Lunatic asylums Madras 1892-1911 - 1892-1911
Year: 1892
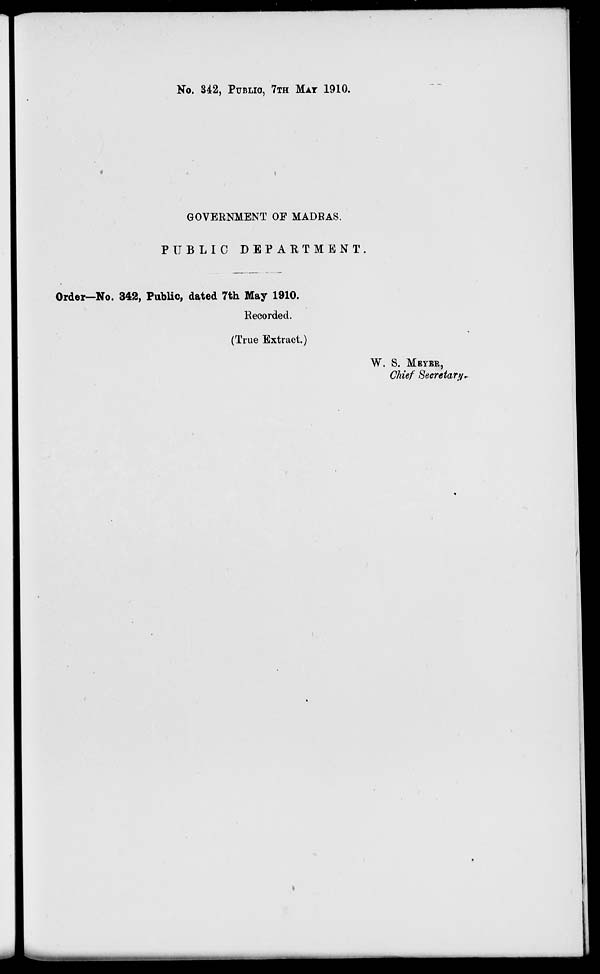
No. 342, PUBLIC, 7TH MAT 1910.
GOVERNMENT OF MADRAS.
PUBLIC DEPARTMENT.
Order—No. 342, Public, dated 7th May 1910.
Recorded.
(True Extract.)
W. S. MEYER,
Chief Secretary.